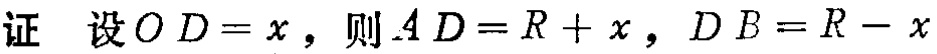
证 设 \(OD = x\)，则 \(AD = R + x\)，\(DB = R - x\)